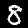
Digit: 8